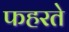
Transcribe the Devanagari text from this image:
फहरते